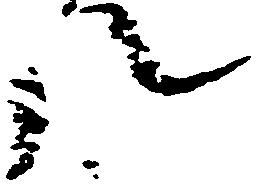
八